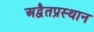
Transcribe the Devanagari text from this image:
अद्वैतप्रस्थान